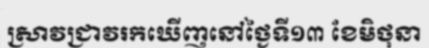
ស្រាវជ្រាវរកឃើញនៅថ្ងៃទី១៣ ខែមិថុនា